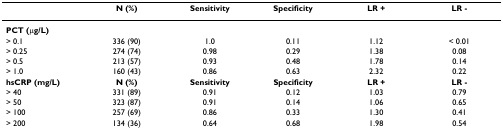
<table><thead><tr><td></td><td><b>N (%)</b></td><td><b>Sensitivity</b></td><td><b>Specificity</b></td><td><b>LR +</b></td><td><b>LR -</b></td></tr></thead><tbody><tr><td><b>PCT (μg/L)</b></td><td></td><td></td><td></td><td></td><td></td></tr><tr><td>&gt; 0.1</td><td>336 (90)</td><td>1.0</td><td>0.11</td><td>1.12</td><td>&lt; 0.01</td></tr><tr><td>&gt; 0.25</td><td>274 (74)</td><td>0.98</td><td>0.29</td><td>1.38</td><td>0.08</td></tr><tr><td>&gt; 0.5</td><td>213 (57)</td><td>0.93</td><td>0.48</td><td>1.78</td><td>0.14</td></tr><tr><td>&gt; 1.0</td><td>160 (43)</td><td>0.86</td><td>0.63</td><td>2.32</td><td>0.22</td></tr><tr><td><b>hsCRP (mg/L)</b></td><td><b>N (%)</b></td><td><b>Sensitivity</b></td><td><b>Specificity</b></td><td><b>LR +</b></td><td><b>LR -</b></td></tr><tr><td>&gt; 40</td><td>331 (89)</td><td>0.91</td><td>0.12</td><td>1.03</td><td>0.79</td></tr><tr><td>&gt; 50</td><td>323 (87)</td><td>0.91</td><td>0.14</td><td>1.06</td><td>0.65</td></tr><tr><td>&gt; 100</td><td>257 (69)</td><td>0.86</td><td>0.33</td><td>1.30</td><td>0.41</td></tr><tr><td>&gt; 200</td><td>134 (36)</td><td>0.64</td><td>0.68</td><td>1.98</td><td>0.54</td></tr></tbody></table>